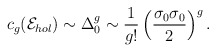
\begin{align*}c_g({\cal E}_{hol})\sim\Delta_0^g\sim{1\over g!}\left({\sigma_0\sigma_0\over 2}\right)^g.\end{align*}